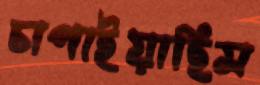
চাপাইয়াছিস